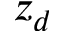
z _ { d }